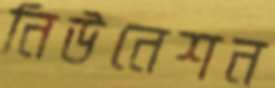
নিউনেশন